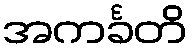
အကင်္ခတိ